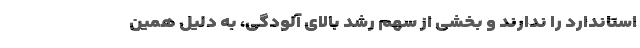
استاندارد را ندارند و بخشی از سهم رشد بالای آلودگی، به دلیل همین